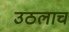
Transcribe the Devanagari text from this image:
उठलाच